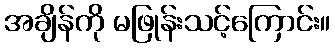
အချိန်ကို မဖြုန်းသင့်ကြောင်း။